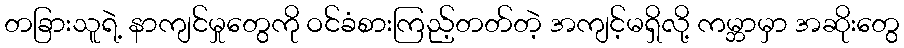
တခြားသူရဲ့ နာကျင်မှုတွေကို ဝင်ခံစားကြည့်တတ်တဲ့ အကျင့်မရှိလို့ ကမ္ဘာမှာ အဆိုးတွေ